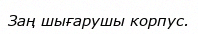
Заң шығарушы корпус.